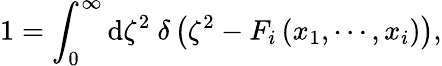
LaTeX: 1=\int_{0}^{\infty}\mathrm{d}\zeta^{2}~\delta\left(\zeta^{2}-F_{i}\left(x_{1},\cdots,x_{i}\right)\right),